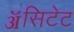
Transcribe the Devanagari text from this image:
ॲसिटेट